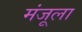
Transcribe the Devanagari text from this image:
मंजूला